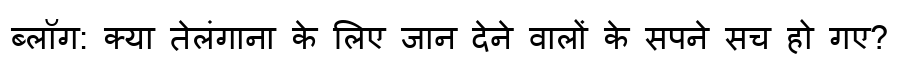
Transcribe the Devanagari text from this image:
ब्लॉग: क्या तेलंगाना के लिए जान देने वालों के सपने सच हो गए?